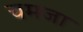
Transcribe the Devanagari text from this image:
चमजा